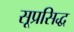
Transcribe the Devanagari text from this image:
सूप्रसिद्ध